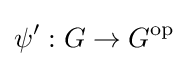
\psi ':G\to G^{\mathrm {op} }